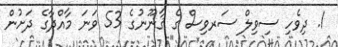
1. ދިވެހި ސިވިލް ސަރވިސް ގެ ޤާނޫނުގެ 53 ވަނަ މާއްދާގެ ދަށުން